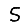
Digit: 5